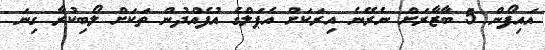
އައިފޯން 5 ބާޒާރަށް ނެރޭނެ އިރަކަށް އެޕަލްގެ އުފެއްދުން ތަކަށް ލޯބިކުރާ ގިނަ